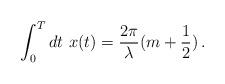
LaTeX: \begin{align*}\int_{0}^{T} dt\,\, x(t) = \frac{2\pi}{\lambda}(m+\frac{1}{2})\,.\end{align*}